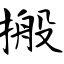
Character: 搬